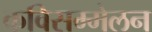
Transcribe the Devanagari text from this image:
कविसम्मेलन